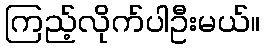
ကြည့်လိုက်ပါဦးမယ်။